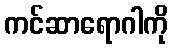
ကင်ဆာရောဂါကို